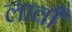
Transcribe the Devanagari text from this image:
लार्वां